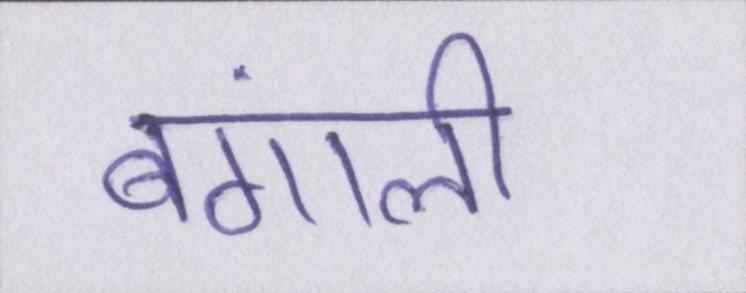
बंगाली